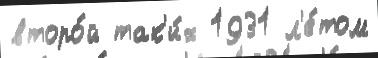
второ́й так'и́х 1931 л'е́том